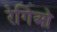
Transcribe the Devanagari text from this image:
रेगिओ